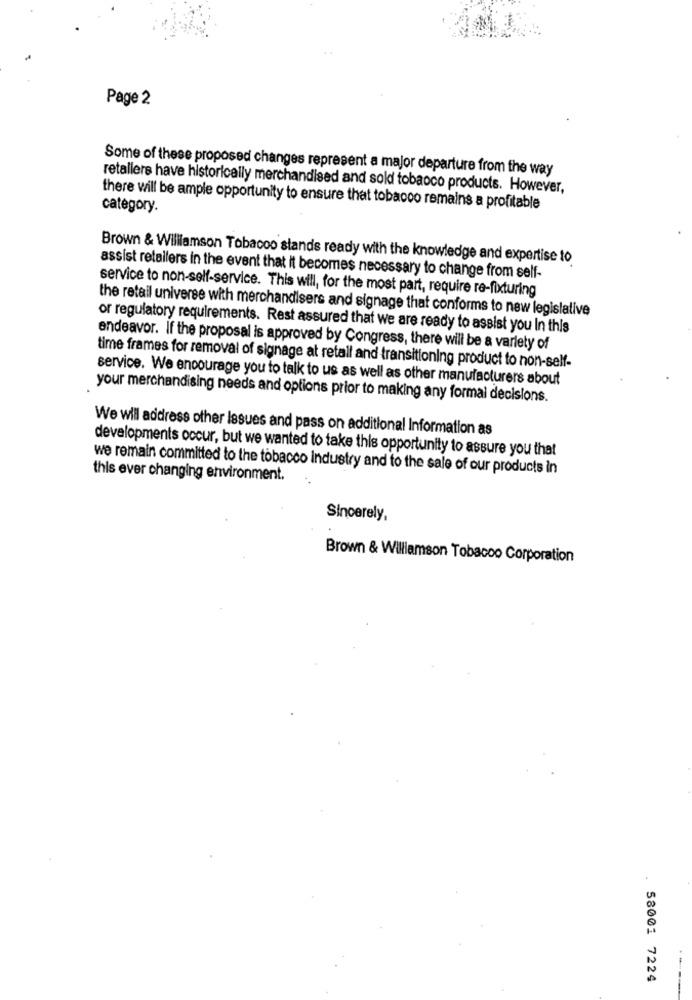
Page 2
Some of these proposed changes represent a major departure from the way
retallers have historically merchandised and sold tobacco products. However,
category.
there will be ample opportunity to ensure that tobacco remains a profitable
Brown & Williamson Tobacco stands ready with the knowledge and expertise to
assist retailers in the event that it becomes necessary to change from self-
service to non-self-service. This will, for the most part, require re-fixturing
the retail universe with merchandisers and signage that conforms to new legislative
or regulatory requirements. Rest assured that we are ready to assist you In this
endeavor. If the proposal is approved by Congress, there will be a variety of
time frames for removal of signage at retail and transitioning product to non-self-
service. We encourage you to talk to us as well as other manufacturers about
your merchandising needs and options prior to making any formai decisions.
We will address other Issues and pass on additional Information as
developments occur, but we wanted to take this opportunity to assure you that
we remain committed to the tobacco industry and to the sale of our products in
this ever changing environment.
Sincerely,
Brown & Williamson Tobacco Corporation
58001 7224